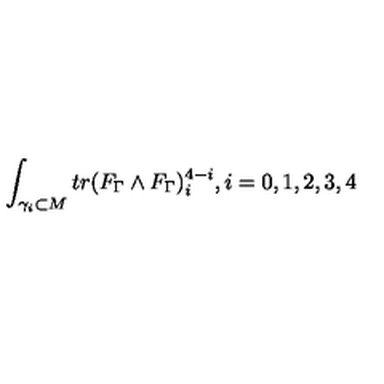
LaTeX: \int _ { \gamma _ { i } \subset M } t r ( F _ { \Gamma } \wedge F _ { \Gamma } ) _ { i } ^ { 4 - i } , i = 0 , 1 , 2 , 3 , 4